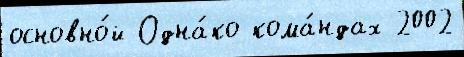
основно́й Одна́ко кома́ндах 2002